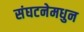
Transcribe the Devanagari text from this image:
संघटनेमधुन